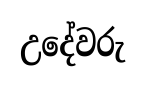
උදේවරු